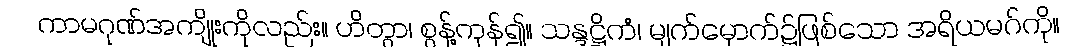
ကာမဂုဏ်အကျိုးကိုလည်း။ ဟိတွာ၊ စွန့်ကုန်၍။ သန္ဒဋ္ဌိကံ၊ မျက်မှောက်၌ဖြစ်သော အရိယမဂ်ကို။